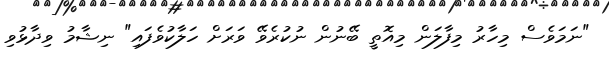
"ނަމަވެސް މިހާރު މިފާލަން މިއޮތީ ބޭނުން ނުކުރެވޭ ވަރަށް ހަލާކުވެފައި" ނިޝާމު ވިދާޅުވި